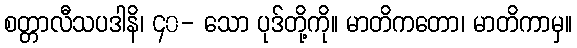
စတ္တာလီသပဒါနိ၊ ၄၀- သော ပုဒ်တို့ကို။ မာတိကတော၊ မာတိကာမှ။